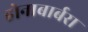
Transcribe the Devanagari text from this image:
होनाबार्बरा